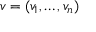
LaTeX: v = ( v _ { 1 } , \dots , v _ { n } )